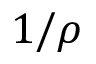
1 / \rho